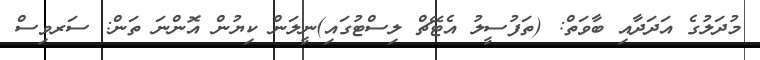
މުދަލުގެ އަދަދާއި ބާވަތް: (ތަފުސީލު އެޓޭޗް ލިސްޓުގައި)ނީލަން ކިޔުން އޮންނަ ތަން: ސަރވިސް